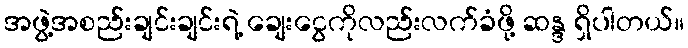
အဖွဲ့အစည်းချင်းချင်းရဲ့ ချေးငွေကိုလည်းလက်ခံဖို့ ဆန္ဒ ရှိပါတယ်။